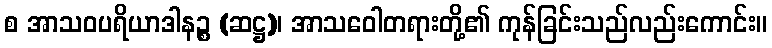
စ အာသဝပရိယာဒါနဉ္စ (ဆဋ္ဌ)၊ အာသဝေါတရားတို့၏ ကုန်ခြင်းသည်လည်းကောင်း။